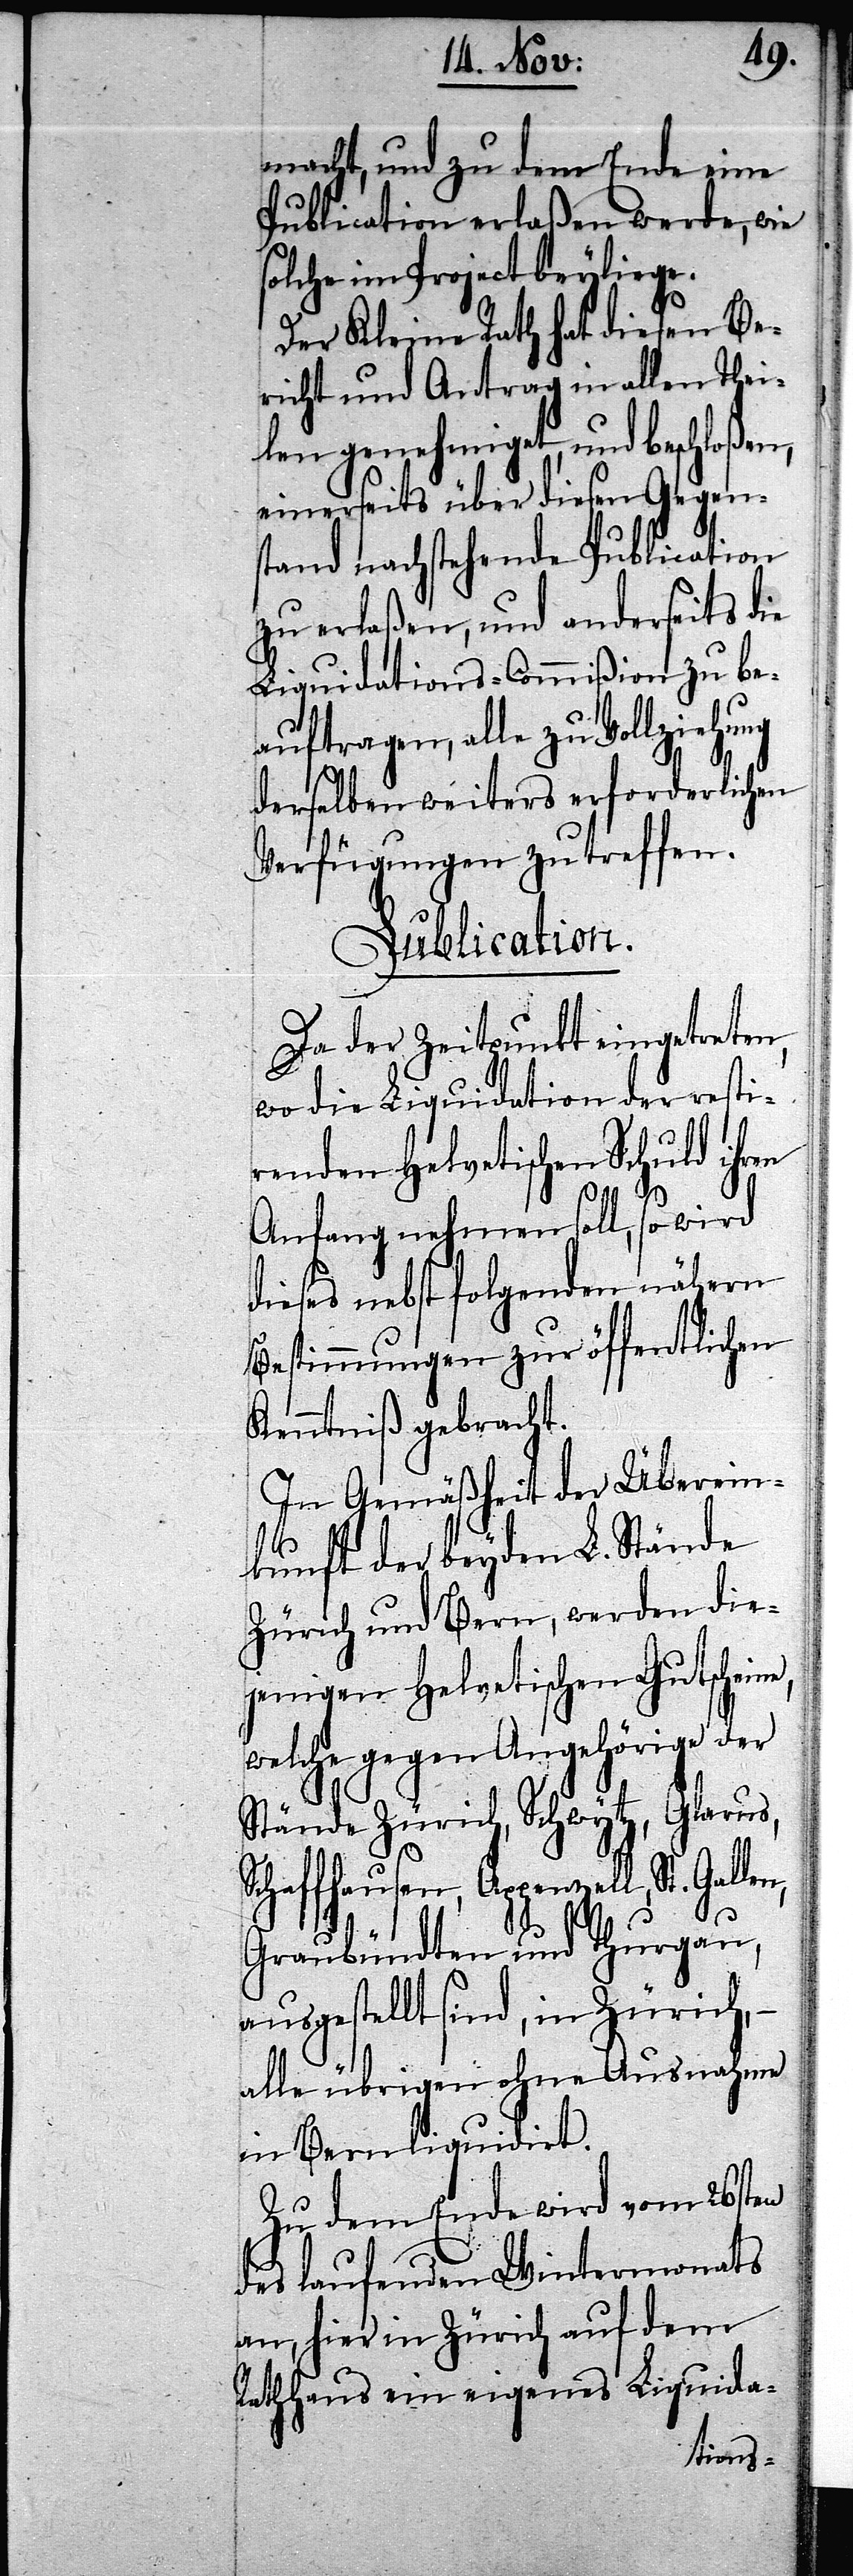
macht, und zu dem Ende eine
Publication erlaßen werde, wie
solche im Project beyliege.
Der Kleine Rath hat diesen Be¬
richt und Antrag in allen Thei¬
len genehmiget, und beschloßen,
einerseits über diesen Gegens¬
tand nachstehende Publication
zu erlaßen, und anderseits die
Liquidations-Commißion zu be¬
auftragen, alle zu Vollziehung
derselben weiters erforderlichen
Verfügungen zu treffen.
Publication.
Da der Zeitpunkt eingetreten,
wo die Liquidation der restir¬
enden Helvetischen Schuld ihr¬
Anfang nehmen soll, so wird
dieses nebst folgenden nähern
Bestimmungen zur öffentlichen
Kenntniß gebracht.
In Gemäßheit der Überein¬
n,
kunft der beyden L. Stände
Zürich und Bern, werden die¬
jenigen Helvetischen Gutschein¬
welche gegen Angehörige der
Stände Zürich, Schwytz, Glarus,
Schaffhausen, Appenzell, St. Galle¬
Graubündten und Thurgau,
ausgestellt sind, in Zürich,
alle übrigen ohne Ausnahme
in Bern liquidirt.
Zu dem Ende wird vom 26sten
des laufenden Wintermonats
an, hier in Zürich auf dem
Rathhaus ein eigenes Liquida-